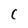
Character: C